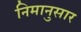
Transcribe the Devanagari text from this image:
निमानुसार